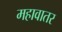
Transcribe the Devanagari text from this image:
महावातर